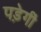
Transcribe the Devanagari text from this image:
पड़ेगीं